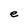
Character: e